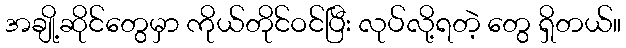
အချို့ဆိုင်တွေမှာ ကိုယ်တိုင်ဝင်ပြီး လုပ်လို့ရတဲ့ တွေ ရှိတယ်။